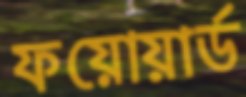
ফয়োয়ার্ড